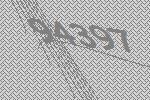
94397